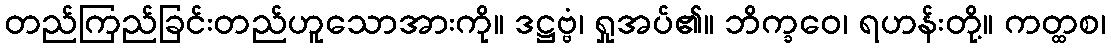
တည်ကြည်ခြင်းတည်ဟူသောအားကို။ ဒဋ္ဌဗ္ဗံ၊ ရှုအပ်၏။ ဘိက္ခဝေ၊ ရဟန်းတို့။ ကတ္ထစ၊